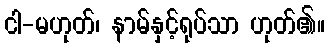
ငါ-မဟုတ်၊ နာမ်နှင့်ရုပ်သာ ဟုတ်၏။